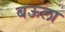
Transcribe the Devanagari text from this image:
बऊला